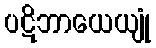
ပဋိဘာယေယျုံ